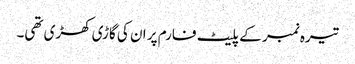
تیرہ نمبر کے پلیٹ فارم پر ان کی گاڑی کھڑی تھی۔